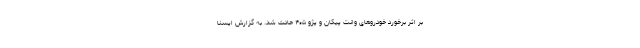
بر اثر برخورد خودروهای وانت پیکان و پژو ۴۰۵ حادث شد. به گزارش ایسنا